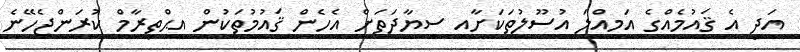
އަދި އެ ޤައުމެއްގެ އަމިއްލަ އުސޫލުތަކަށާއި ސިޔާދަތަށް އެހެން ޤައުމުތަކުން އިޙްތިރާމް ކުރަންޖެހޭނެ